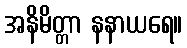
အနိမိတ္တာ နနာယရေ။